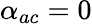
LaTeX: \alpha_{ac}=0